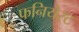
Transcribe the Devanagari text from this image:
फनियेस्ट